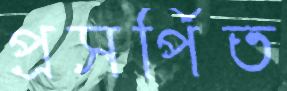
প্রসর্পিত